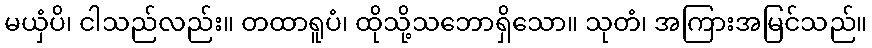
မယှံပိ၊ ငါသည်လည်း။ တထာရူပံ၊ ထိုသို့သဘောရှိသော။ သုတံ၊ အကြားအမြင်သည်။